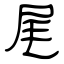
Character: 尾